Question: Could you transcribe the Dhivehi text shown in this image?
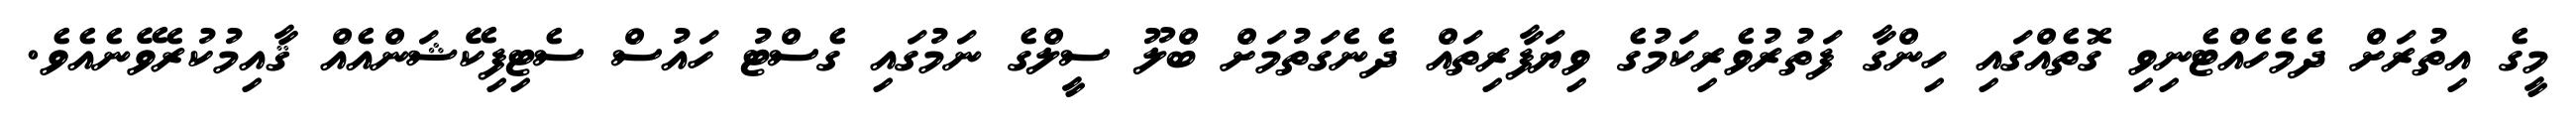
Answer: މީގެ އިތުރަށް ދެމެހެއްޓެނިވި ގޮތެއްގައި ހިންގާ ފަތުރުވެރިކަމުގެ ވިޔަފާރިތައް ދެނެގަތުމަށް ބްލޫ ސީލްގެ ނަމުގައި ގެސްޓު ހައުސް ސެޓިފިކޭޝަންއެއް ޤާއިމުކުރެވޭނެއެވެ.